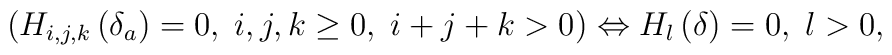
\left( H_{i,j,k}\left( \delta _{a}\right) =0,\;i,j,k\geq 0,\;i+j+k>0\right)\Leftrightarrow H_{l}\left( \delta \right) =0,\;l>0,